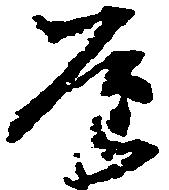
屋